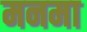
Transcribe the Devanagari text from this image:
मनमा